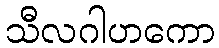
သီလဂါဟကော